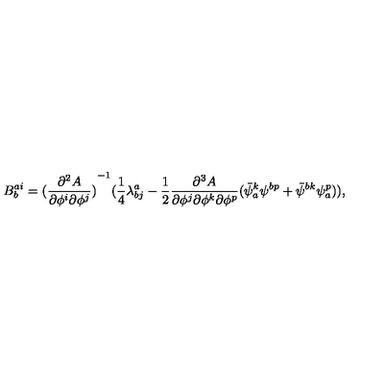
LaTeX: B _ { b } ^ { a i } = { ( \frac { \partial ^ { 2 } A } { \partial \phi ^ { i } \partial \phi ^ { j } } ) } ^ { - 1 } ( \frac { 1 } { 4 } \lambda _ { b j } ^ { a } - \frac { 1 } { 2 } \frac { \partial ^ { 3 } A } { \partial \phi ^ { j } \partial \phi ^ { k } \partial \phi ^ { p } } ( \bar { \psi } _ { a } ^ { k } \psi ^ { b p } + \bar { \psi } ^ { b k } \psi _ { a } ^ { p } ) ) ,